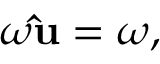
\omega \mathbf { \hat { u } } = { \boldsymbol { \omega } } ,